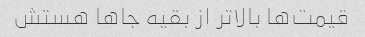
قیمت‌ها بالاتر از بقیه جاها هستش